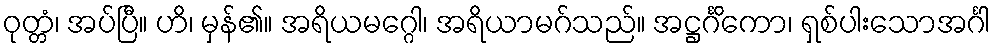
ဝုတ္တံ၊ အပ်ပြီ။ ဟိ၊ မှန်၏။ အရိယမဂ္ဂေါ၊ အရိယာမဂ်သည်။ အဋ္ဌင်္ဂိကော၊ ရှစ်ပါးသောအင်္ဂါ